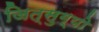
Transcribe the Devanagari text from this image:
जित्सुग्यो